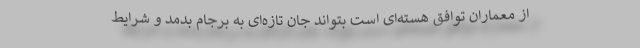
از معماران توافق هسته‌ای است بتواند جان تازه‌ای به برجام بدمد و شرایط